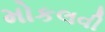
મોકલવી